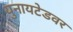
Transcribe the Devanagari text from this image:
युनायटेडवर